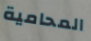
المحامية